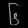
Digit: ၆